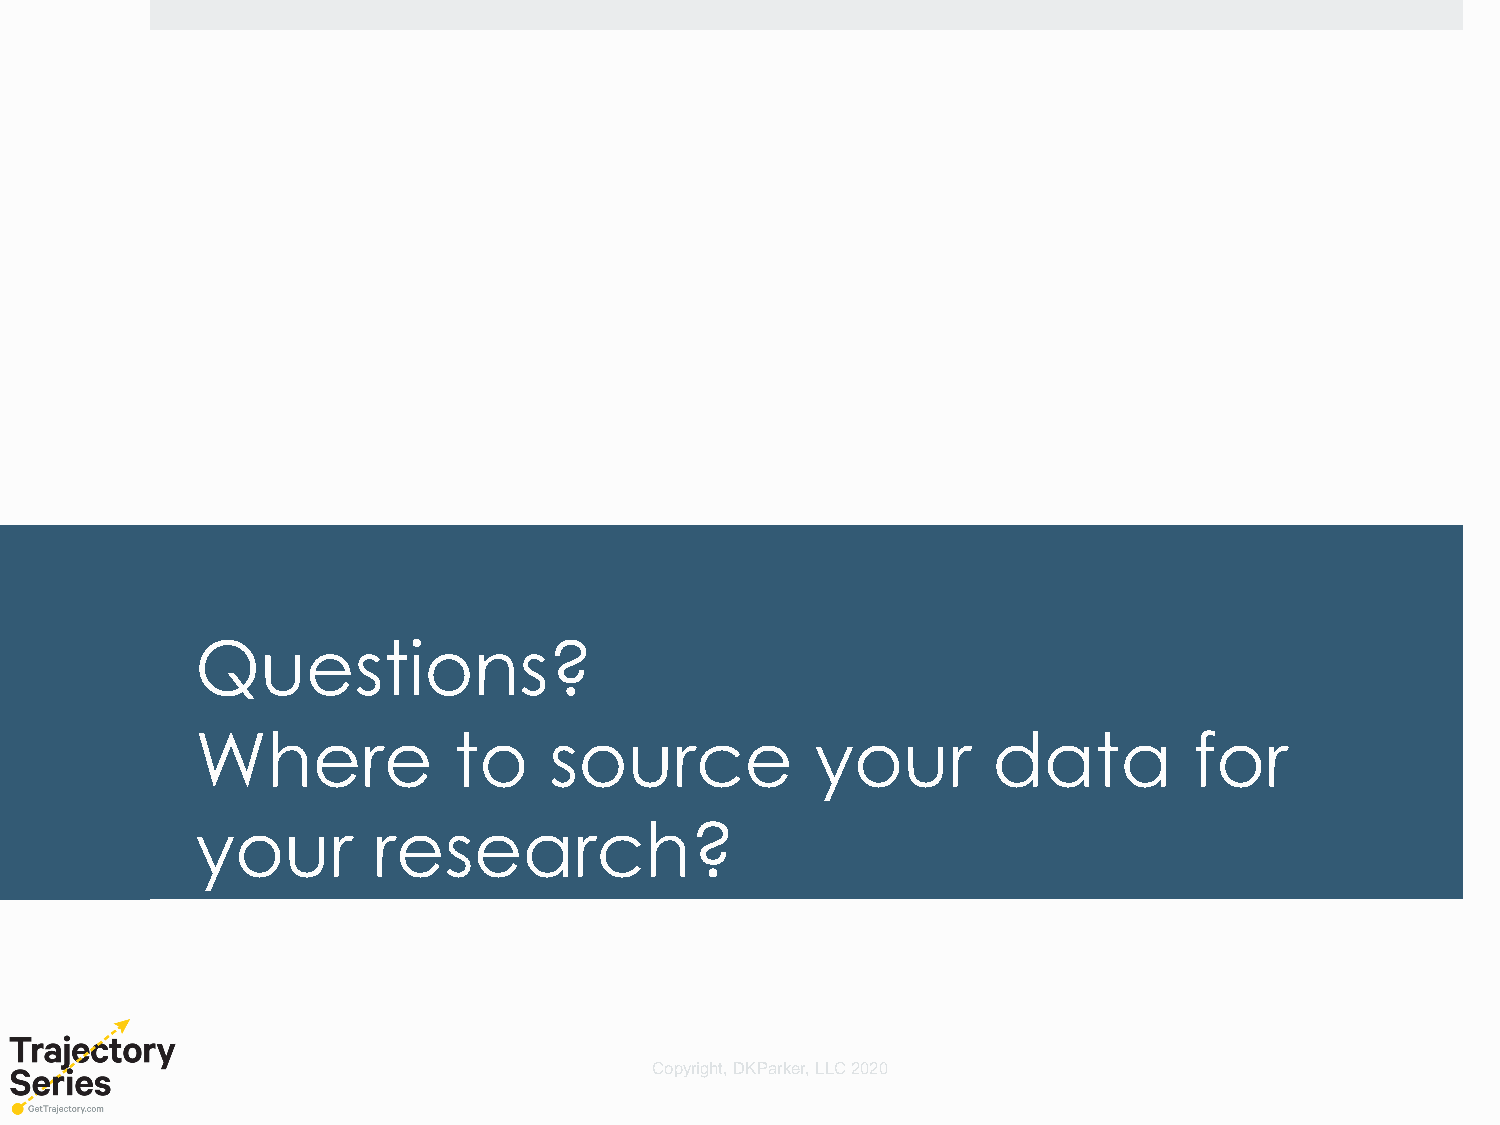
Questions?
 Where            to    source            your        data         for
 your        research?
 Copyright, DKParker, LLC 2020